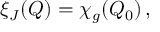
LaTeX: \xi _ { J } ( Q ) = \chi _ { g } ( Q _ { 0 } ) \, ,